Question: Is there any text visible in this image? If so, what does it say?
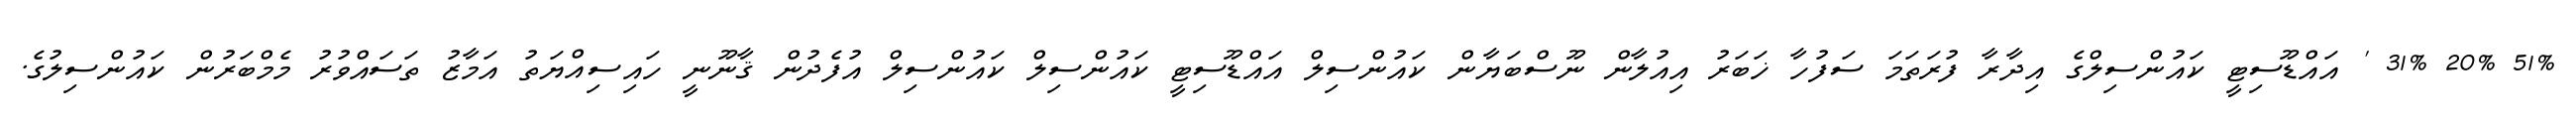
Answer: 51% 20% 31% ' އައްޑޫސިޓީ ކައުންސިލްގެ އިދާރާ ފުރަތަމަ ސަފުހާ ޚަބަރު އިއުލާން ނޫސްބަޔާން ކައުންސިލް އައްޑޫސިޓީ ކައުންސިލް ކައުންސިލް އުފެދުން ޤާނޫނީ ހައިސިއްޔަތު އަމާޒު ތަސައްވުރު މެމްބަރުން ކައުންސިލުގެ.